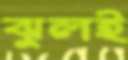
ঝুলই